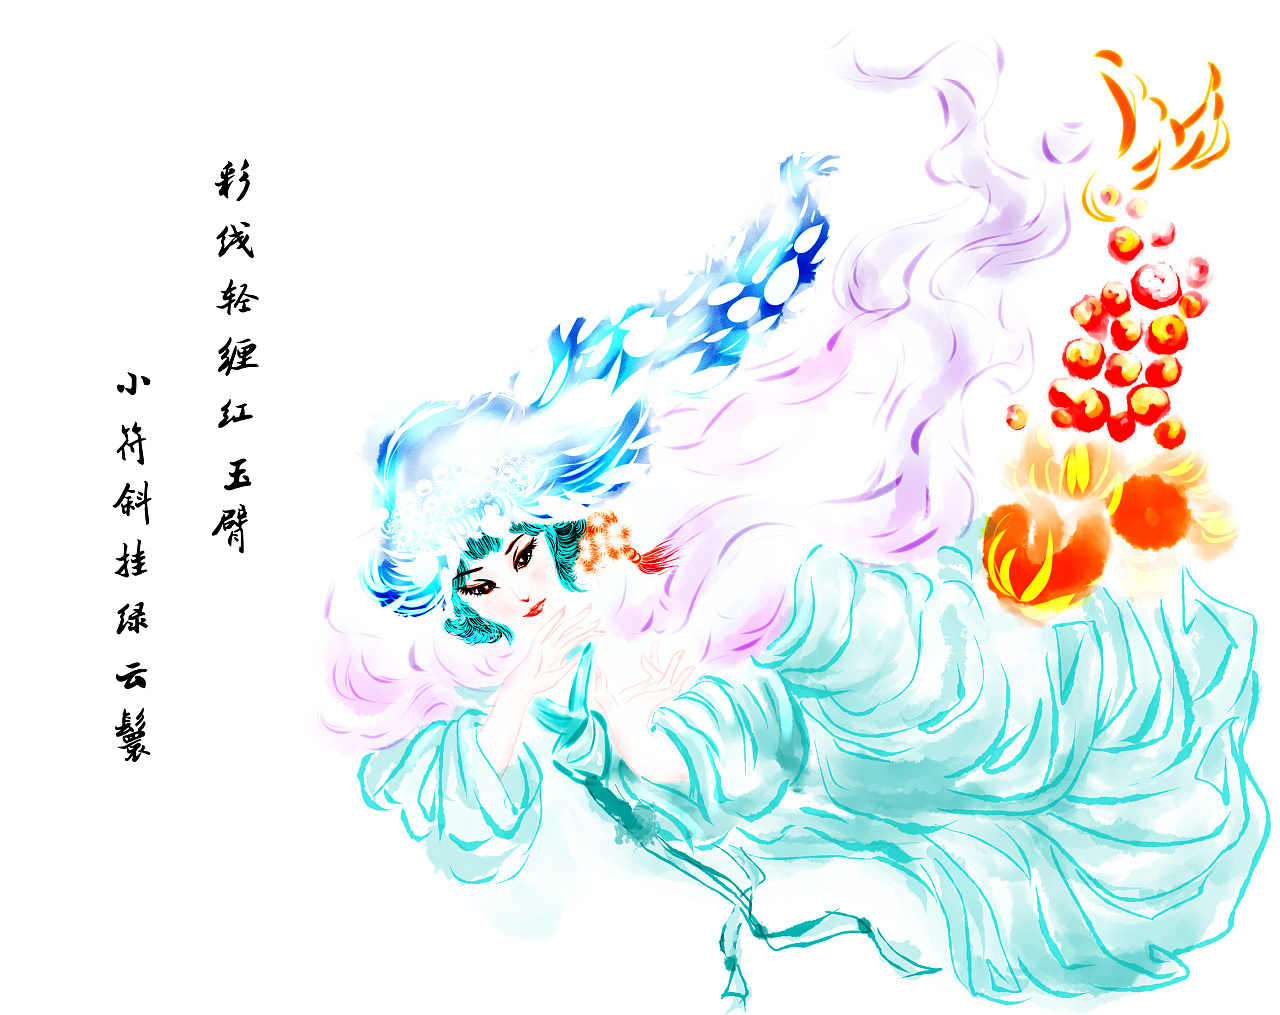
彩线轻缠红玉臂，小符斜挂绿云鬟。